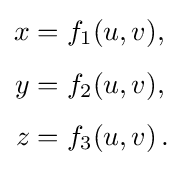
{\begin{aligned}x&=f_{1}(u,v),\\[4pt]y&=f_{2}(u,v),\\[4pt]z&=f_{3}(u,v)\,.\end{aligned}}